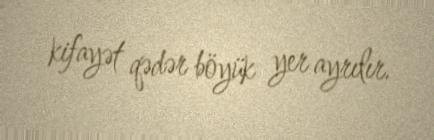
kifayət qədər böyük yer ayrılır.